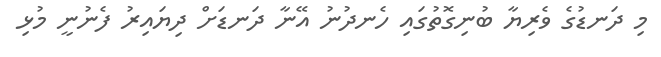
މި ދަނޑުގެ ވެރިޔާ ބުނިގޮތުގައި ހެނދުނު އޭނާ ދަނޑަށް ދިޔައިރު ފެނުނީ މުޅި